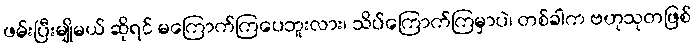
ဖမ်းပြီးမျိုမယ် ဆိုရင် မကြောက်ကြပေဘူးလား၊ သိပ်ကြောက်ကြမှာပဲ၊ တစ်ခါက ဗဟုသုတဖြစ်